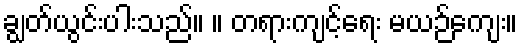
ချွတ်ယွင်းပါးသည်။ ။ တရားကျင့်ရေး မယဉ်ကျေး။